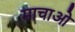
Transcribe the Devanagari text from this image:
माचाओ